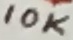
Text: 10K